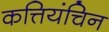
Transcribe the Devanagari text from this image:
कत्तियंचिन